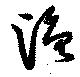
漁